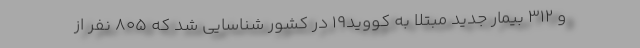
و ۳۱۲ بیمار جدید مبتلا به کووید۱۹ در کشور شناسایی شد که ۸۰۵ نفر از